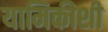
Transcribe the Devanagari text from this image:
यामिकीशी